Indian journal of veterinary science and animal husbandry - Volume 4,
Year: 1934
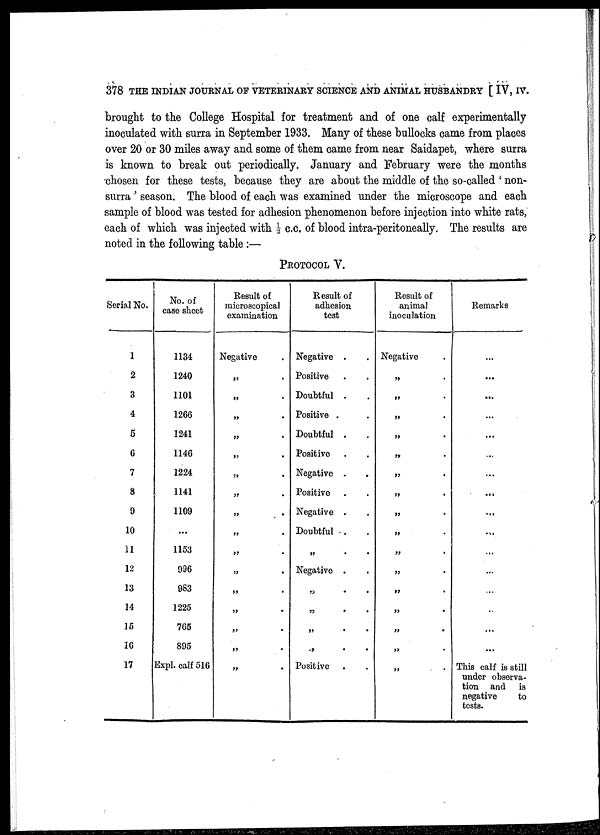
378 THE INDIAN JOURNAL OF VETERINARY SCIENCE AND ANIMAL HUSBANDRY [ IV, IV.
brought to the College Hospital for treatment and of one calf experimentally
inoculated with surra in September 1933. Many of these bullocks came from places
over 20 or 30 miles away and some of them came from near Saidapet, where surra
is known to break out periodically. January and February were the months
chosen for these tests, because they are about the middle of the so-called ' non-
surra ' season. The blood of each was examined under the microscope and each
sample of blood was tested for adhesion phenomenon before injection into white rats,
each of which was injected with ½ c.c. of blood intra-peritoneally. The results are
noted in the following table :—
PROTOCOL V.
Serial No.
1
2
3
4
5
6
7
8
9
10
11
12
13
14
15
16
17
No. of
case Sheet
1134
1240
1101
1266
1241
1146
1224
1141
1109
...
1153
996
983
1225
765
895
Expl. calf 516
Result of
microscopical
examination
Negative .
„ .
„ .
„
.
„
.
„
.
„
.
„ .
„
.
„
.
„
.
„
.
„
.
„
.
„ .
„
.
„
.
Result of
adhesion
test
Negative ..
Positive ..
Doubtful ..
Positive ..
Doubtful ..
Positive ..
Negative ..
Positive ..
Negative ..
Doubtful ..
„
.
.
Negative . .
„
.
.
„
.
.
„
.
.
„
. .
Positive ..
Result of
animal
inoculation
Negative
„ .
„ .
„
.
„ .
„ .
„
.
„
.
„
.
„ .
„
.
„
.
„
.
„
.
„
.
„
.
„
.
Remarks
...
...
...
...
...
...
...
...
...
...
...
...
...
...
...
...
This calf is still
under observa-
tion and is
negative
to
tests.